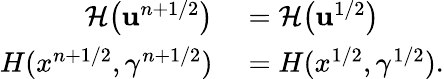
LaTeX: \begin{array}{rl}{\mathcal{H}\bigl(\mathbf{u}^{n+1/2}\bigr)}&{{}=\mathcal{H}\bigl(\mathbf{u}^{1/2}\bigr)}\\ {H(x^{n+1/2},\gamma^{n+1/2})}&{{}=H(x^{1/2},\gamma^{1/2}).}\end{array}